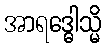
အာရဒ္ဓေါသ္မိ